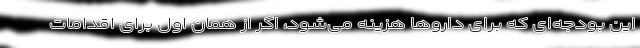
این بودجه‌ای که برای داروها هزینه می‌شود، اگر از همان اول برای اقدامات